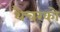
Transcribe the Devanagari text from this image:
थैचरको